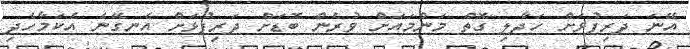
އޭނަ ދަރިފުޅަށް ހަދާލި ގޮތް މަންމައަށް ވުރެން ބޮޑަށް ދަރިފުޅަށް އެނގޭނެ އެކަމާހެދި